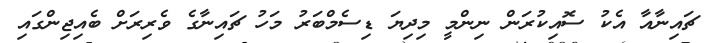
ޗައިނާއާ އެކު ސޮއިކުރަން ނިންމީ މިދިޔަ ޑިސެމްބަރު މަހު ޗައިނާގެ ވެރިރަށް ބެއިޖިންގައި